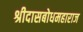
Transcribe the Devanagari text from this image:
श्रीदासबोधमहाराज